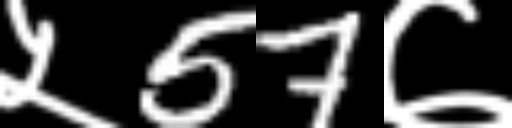
Text: ५57७